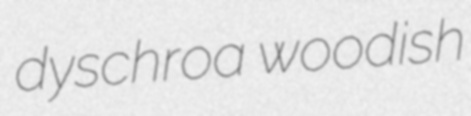
dyschroa woodish